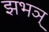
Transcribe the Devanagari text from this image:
झभञ्